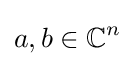
a,b\in {\mathbb {C} }^{n}